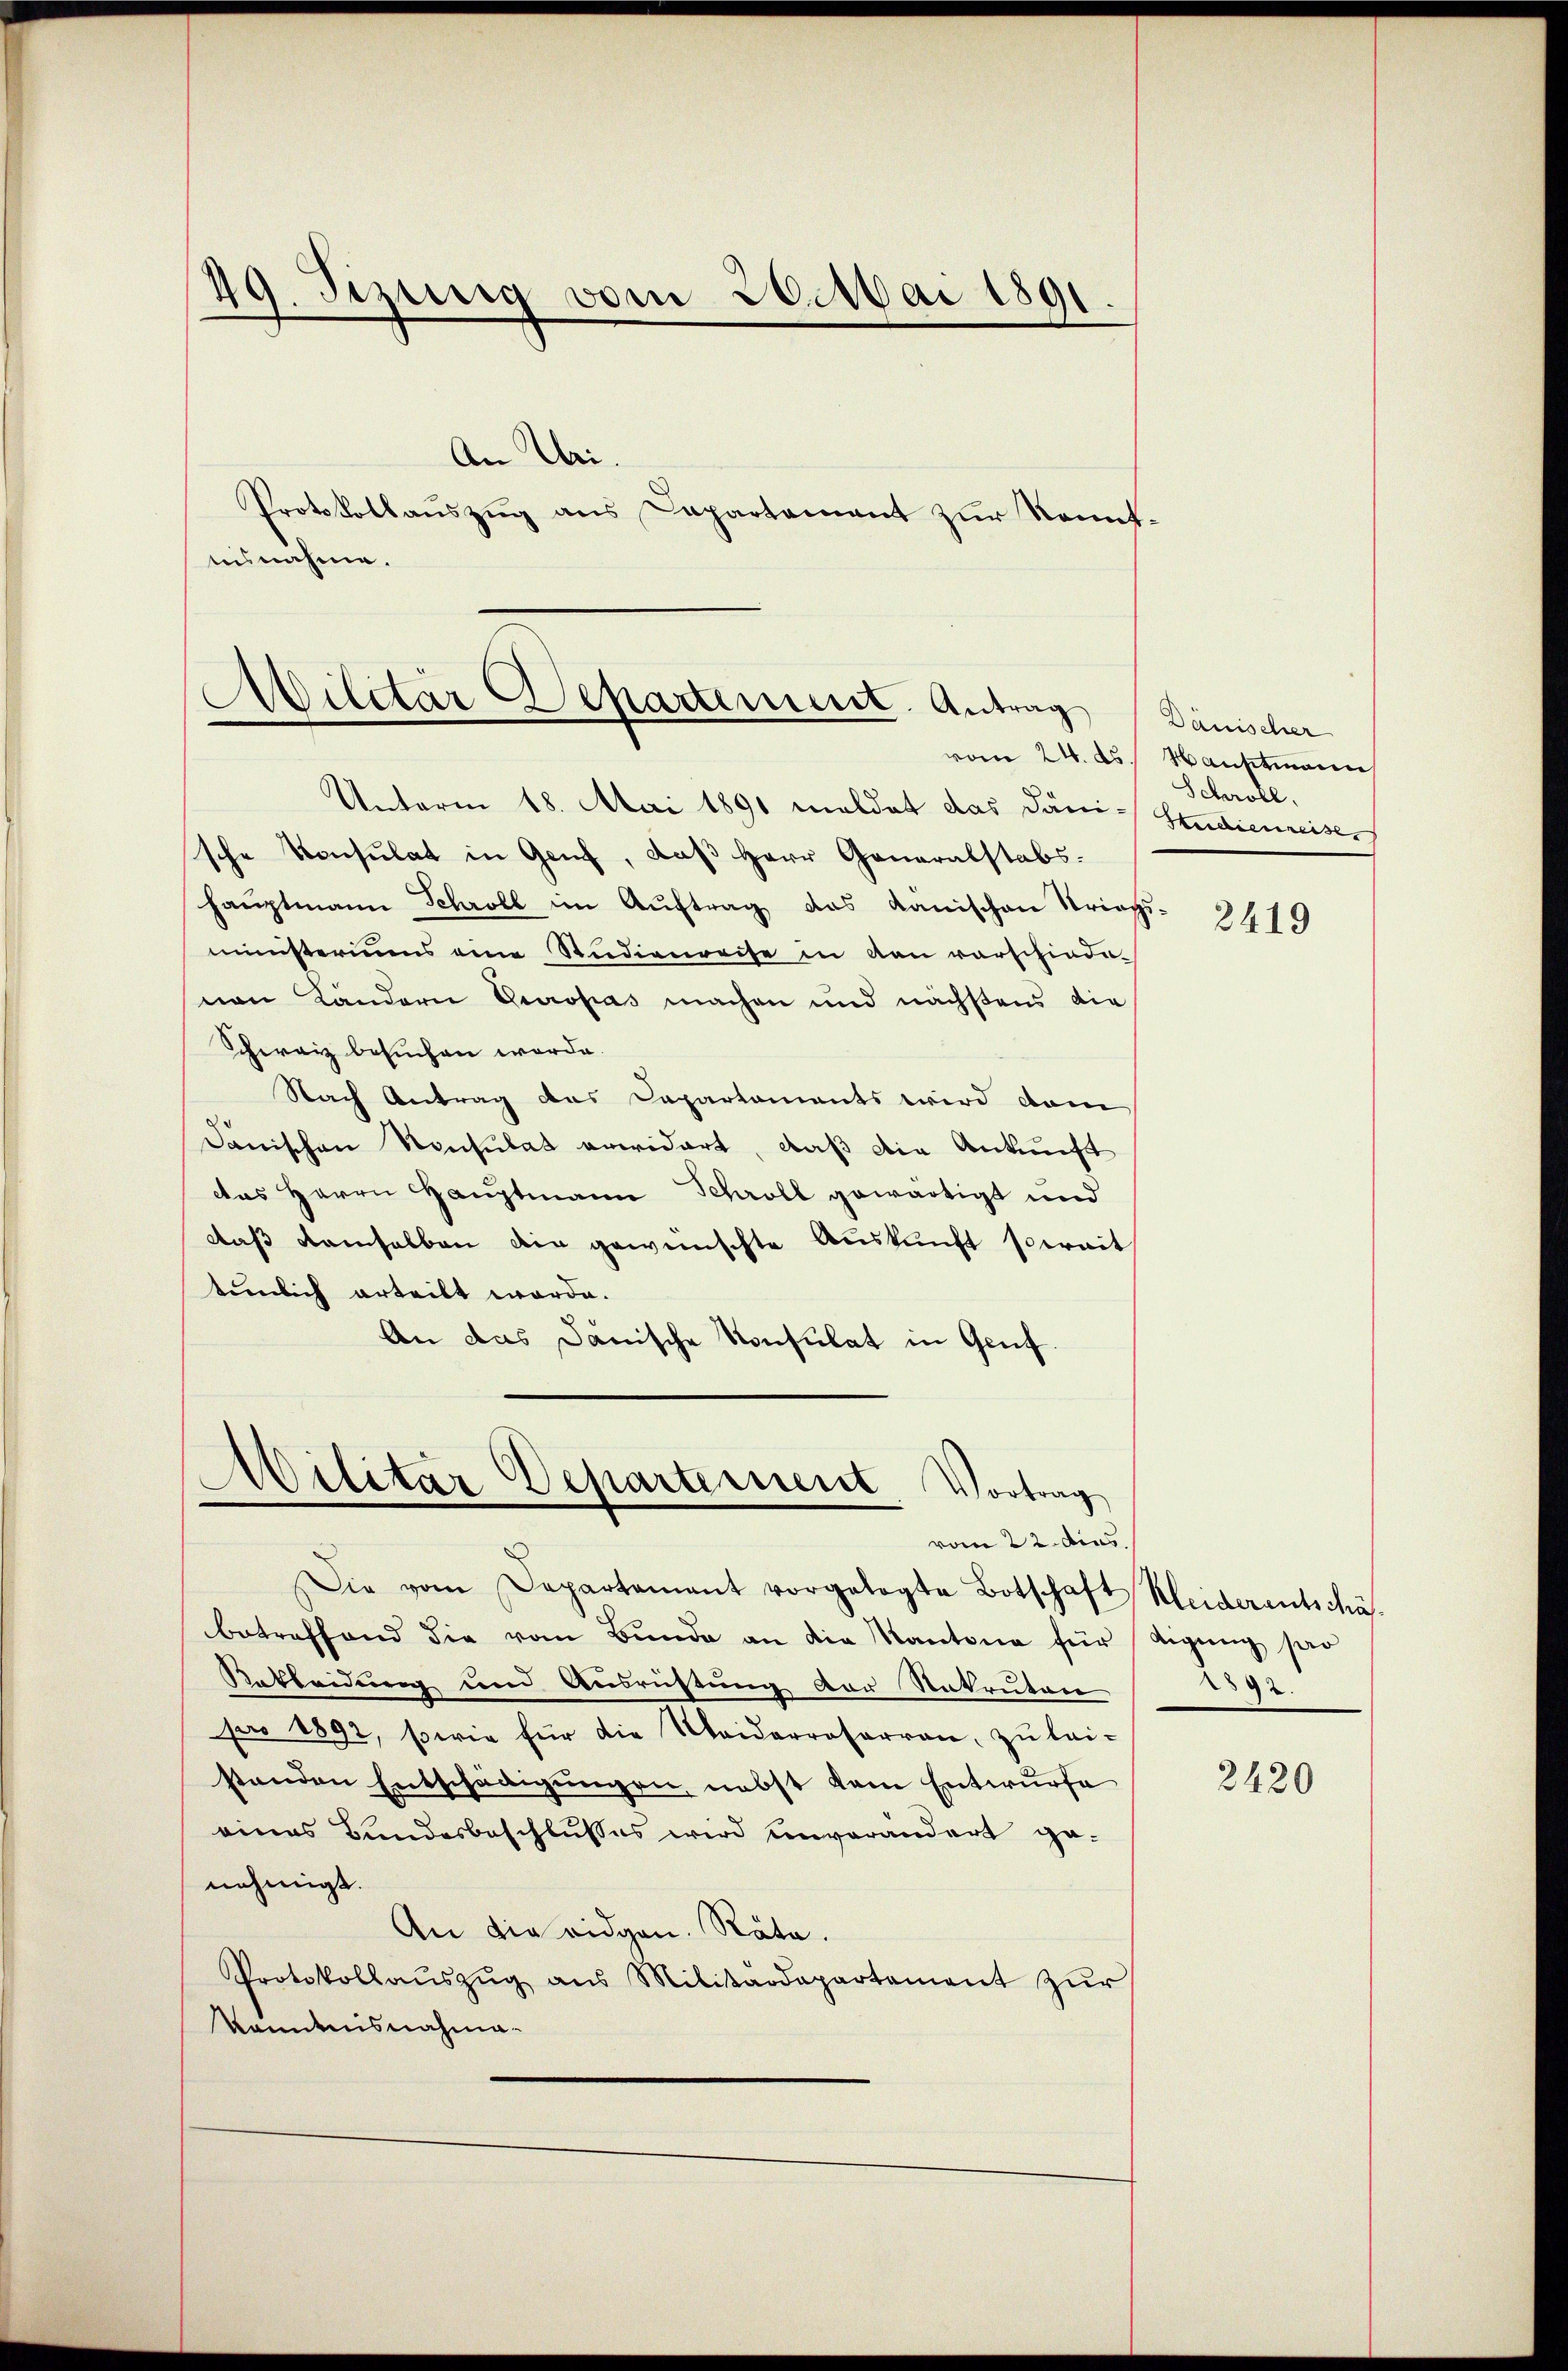
49. Sizung vom 26. Mai 1891

An Uri.
Protokollauszug aus Capartement zur Kenntnisnahme.

Militär Separtement. Antrag
Unterm 18. Mai 1891 meldet das Däni-Studienreiser

sche Konsulat in Genf, daß Herr Generalstabs
S
hauptmann Schröll im Auftrag das Kanischen Kriegs-
ministeriums eine Studienreise in von vorschiede
nen Ländern Europas machen und nächstens die
chweiz besuchen worde.
Nach Antrag des Capartaments wird dam
Janischen Konsulat erwidert, daß die Ankunft
das Herrn Hauptmann Schröll gewärtigt und
daß demselben die gewünschte Auskunft soweit
tümlich erteilt worde.
An das Janische Konsulat in Genf.

Militar Departement. Vortrag
vom 22. dies

Die vom Departement vorgelegte Botschaft Kleiderentschä-
betreffend die vom Bunde an die Kantona für digung sar
Rekleidung und Ausrüstung der Rekruten
pro 1892, sowie für die Waiderroserren zu lei-
standen Entschädigŭngen, nebst dem Entwurfe
eines Bundesbeschlusses wird unverändert genehmigt.
An die eidgen. Räte.
Protokollaŭszŭg ans Militärdepartament zŭr
Kenntnisnahma¬

Dänischer
vom 24. ds. Hauptmann
Schrötl.

2419

2892.

2420